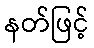
နတ်ဖြင့်